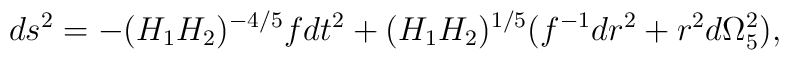
ds^2 = -(H_1H_2)^{-4/5} fdt^2 +(H_1H_2)^{1/5}(f^{-1}dr^2 +r^2d\Omega_5^2),